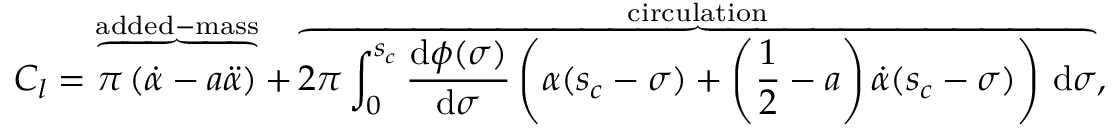
C _ { l } = \overbrace { \vphantom { \int } \pi \left( \dot { \alpha } - a \ddot { \alpha } \right) } ^ { \mathrm { a d d e d - m a s s } } + \overbrace { 2 \pi \int _ { 0 } ^ { s _ { c } } \frac { \mathrm { d } \phi ( \sigma ) } { \mathrm { d } \sigma } \left( \alpha ( s _ { c } - \sigma ) + \left( \frac { 1 } { 2 } - a \right) \dot { \alpha } ( s _ { c } - \sigma ) \right) \, \mathrm { d } \sigma } ^ { \mathrm { c i r c u l a t i o n } } ,